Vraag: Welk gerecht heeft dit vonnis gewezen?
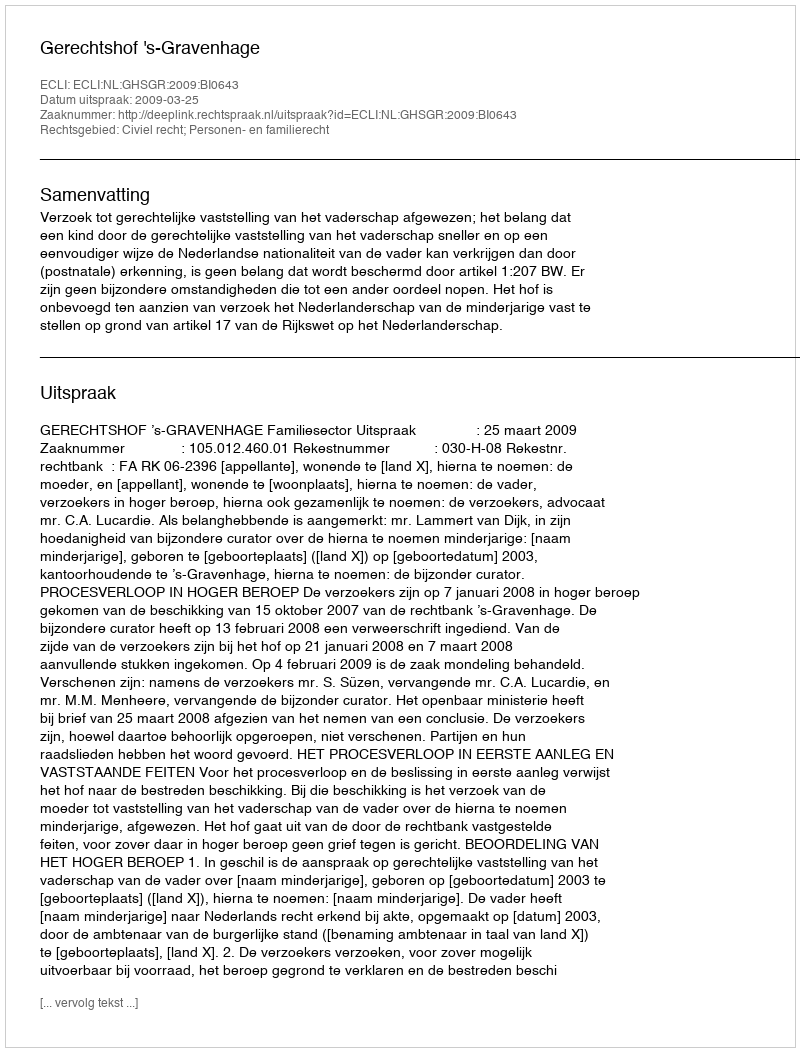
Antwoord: Gerechtshof 's-Gravenhage